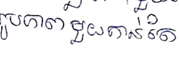
រូបភាពមួយកាន់តែ